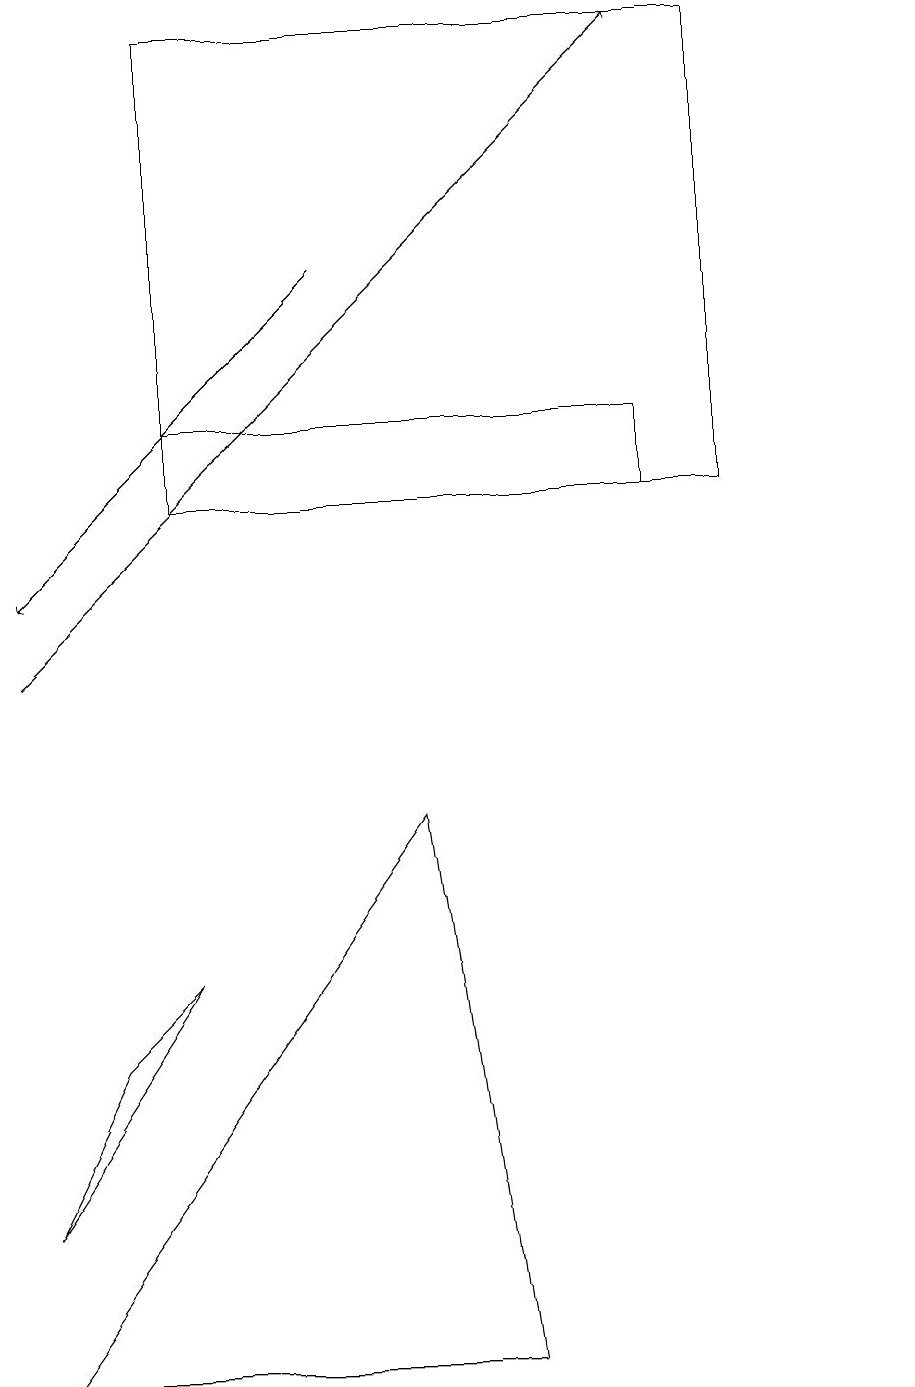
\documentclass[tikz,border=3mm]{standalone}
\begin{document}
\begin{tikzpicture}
\draw (5,8) -- (6,1) -- (0,1) -- cycle;
\draw (2,6) -- (0,3) -- (1,5) -- cycle;
\draw[->] (0,10) -- (8,18);
\draw[->] (4,15) -- (0,11);
\draw (11,10) circle (0);
\draw (2,13) rectangle (8,12);
\draw (9,12) rectangle (2,18);
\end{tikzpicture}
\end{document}